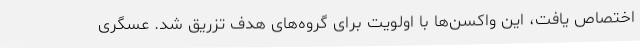
اختصاص یافت، این واکسن‌ها با اولویت برای گروه‌های هدف تزریق شد. عسگری